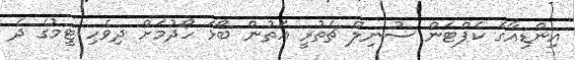
އިންޑިއާގެ ކެޕްޓަން ސުނިލް ޗެތުރީ އަތުން ބޯޅަ ހޯދުމަށް ދިވެހި ޓީމުގެ ދެ